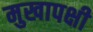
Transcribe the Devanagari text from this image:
मुखापक्षी